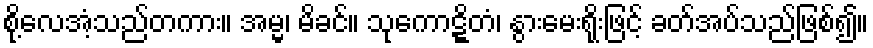
စို့လေအံ့သည်တကား။ အမ္မ၊ မိခင်။ သုကောဋ္ဋိတံ၊ နွားမေးရိုးဖြင့် ခတ်အပ်သည်ဖြစ်၍။